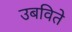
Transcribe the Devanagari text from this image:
उबविते